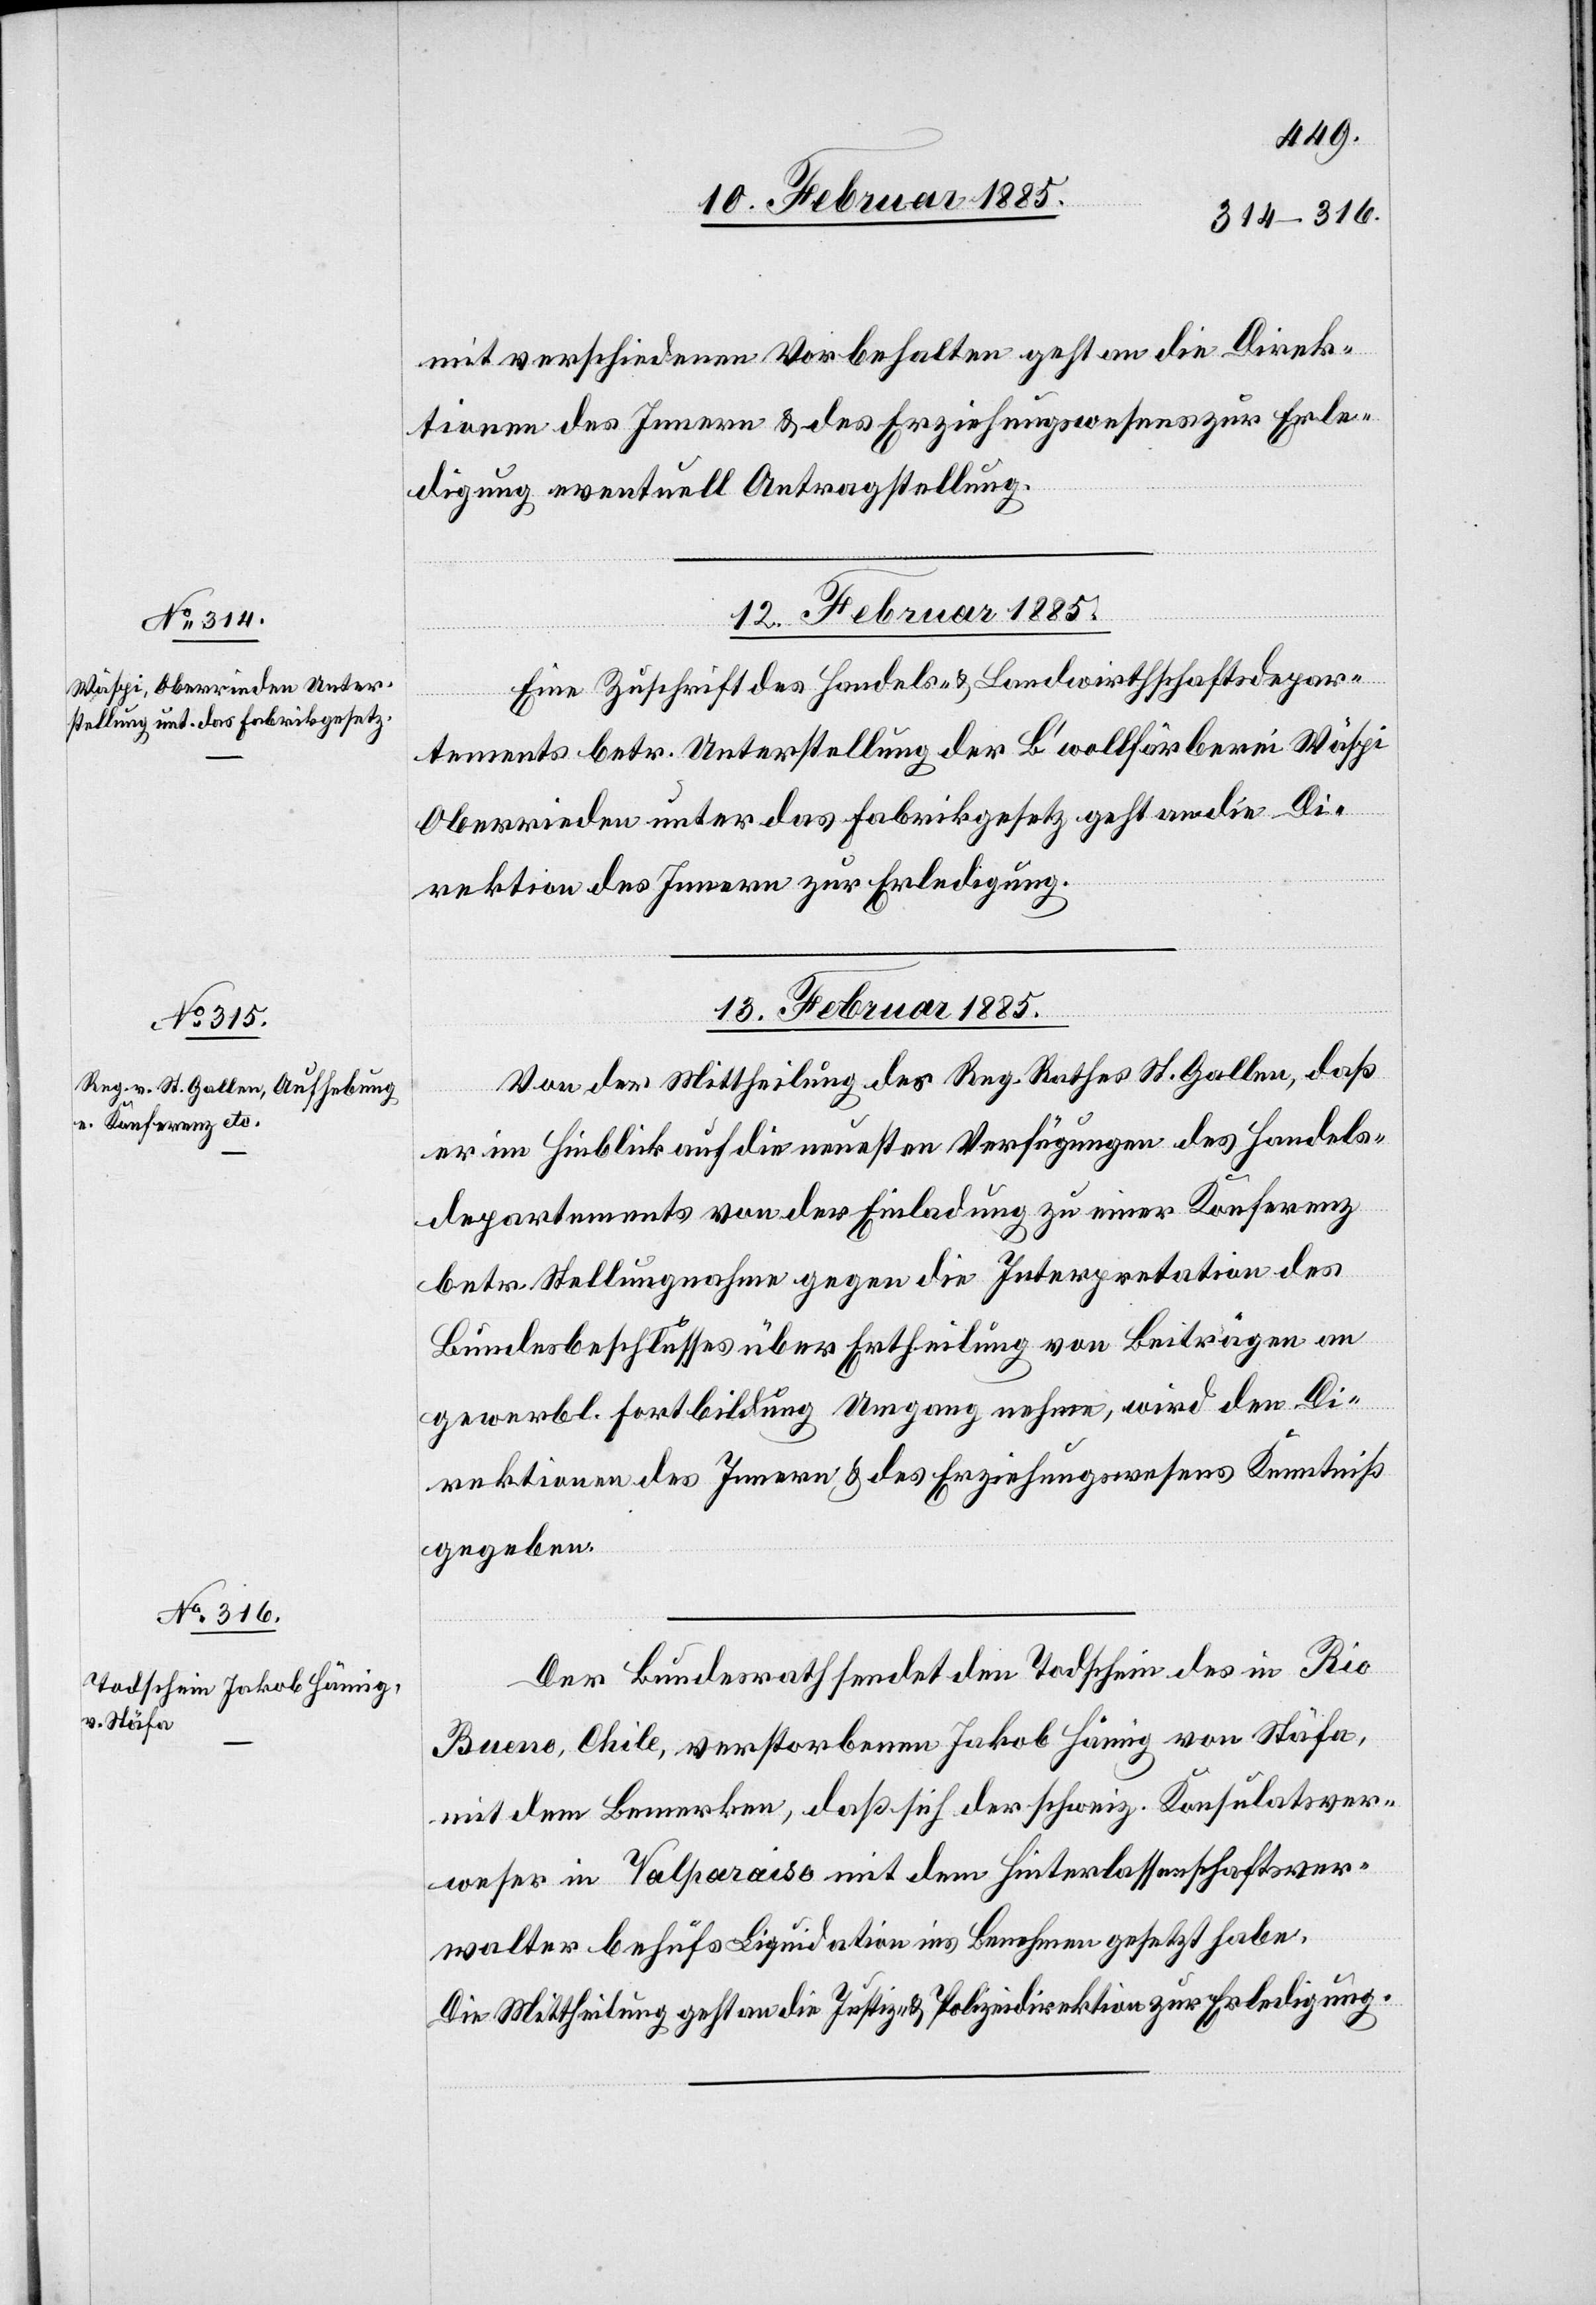
mit verschiedenen Vorbehalten geht an die Direk¬
tion des Innern & des Erziehungswesens zur Erle¬
digung eventuell Antragstellung.
13. Februar 1885.]
Eine Zuschrift des Handels- & Landwirthschaftsdepar¬
tements betr. Unterstellung der B’wollfärberei Wäspi
Oberrieden unter das Fabrikgesetz geht an die Di¬
rektion des Innern zur Erledigung.
13. Februar 1885.
Von der Mittheilung des Reg. Rathes St. Gallen, daß
er im Hinblick auf die neuesten Verfügungen des Handels¬
departements von der Einladung zu einer Konferenz
betr. Stellungnahme gegen die Interpretation des
Bundesbeschlusses über Ertheilung von Beiträgen an
gewerbl. Fortbildung Umgang nehme, wird den Di¬
rektionen des Innern & des Erziehungswesens Kenntniß
gegeben.
Der Bundesrath sendet den Todschein des in Rio
Bueno, Chile, verstorbenen Jakob Hämig von Stäfa
mit dem Bemerken, daß sich der schweiz. Konsulatsver¬
weser in Valparaiso mit dem Hinterlassenschaftsver¬
walter behufs Liquidation ins Benehmen gesetzt habe.
Die Mittheilung geht an die Justiz- & Polizeidirektion zur Erledigung.